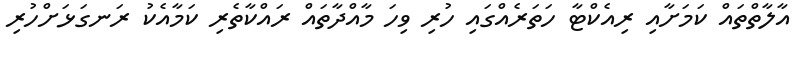
އާލާތްތައް ކަމަށާއި ރިއެކްޓާ ހަތަރެއްގައި ހުރި ވިހަ މާއްދާތައް ރައްކާތެރި ކަމާއެކު ރަނގަޅަށްހުރި